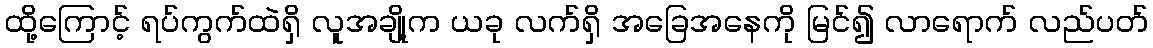
ထို့ကြောင့် ရပ်ကွက်ထဲရှိ လူအချို့က ယခု လက်ရှိ အခြေအနေကို မြင်၍ လာရောက် လည်ပတ်